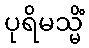
ပုရိမသ္မိံ